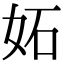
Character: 妬